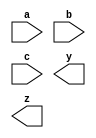
module whitespace1(a,b,c,y,z);
input a,b,c; output y,z;
wire a,b,c,y,z; endmodule